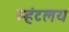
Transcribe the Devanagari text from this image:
म्हंटलय